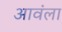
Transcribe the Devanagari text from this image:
आवंला